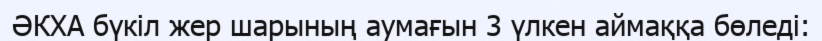
ӘКХА бүкіл жер шарының аумағын 3 үлкен аймаққа бөледі: